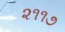
૨૧૧૭